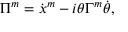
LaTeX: \Pi ^ { m } = \dot { x } ^ { m } - i \theta \Gamma ^ { m } \dot { \theta } ,